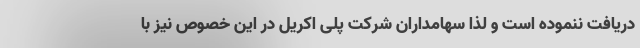
دریافت ننموده است و لذا سهامداران شرکت پلی اکریل در این خصوص نیز با